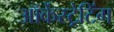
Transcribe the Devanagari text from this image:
ऑर्केस्ट्रेटिंग